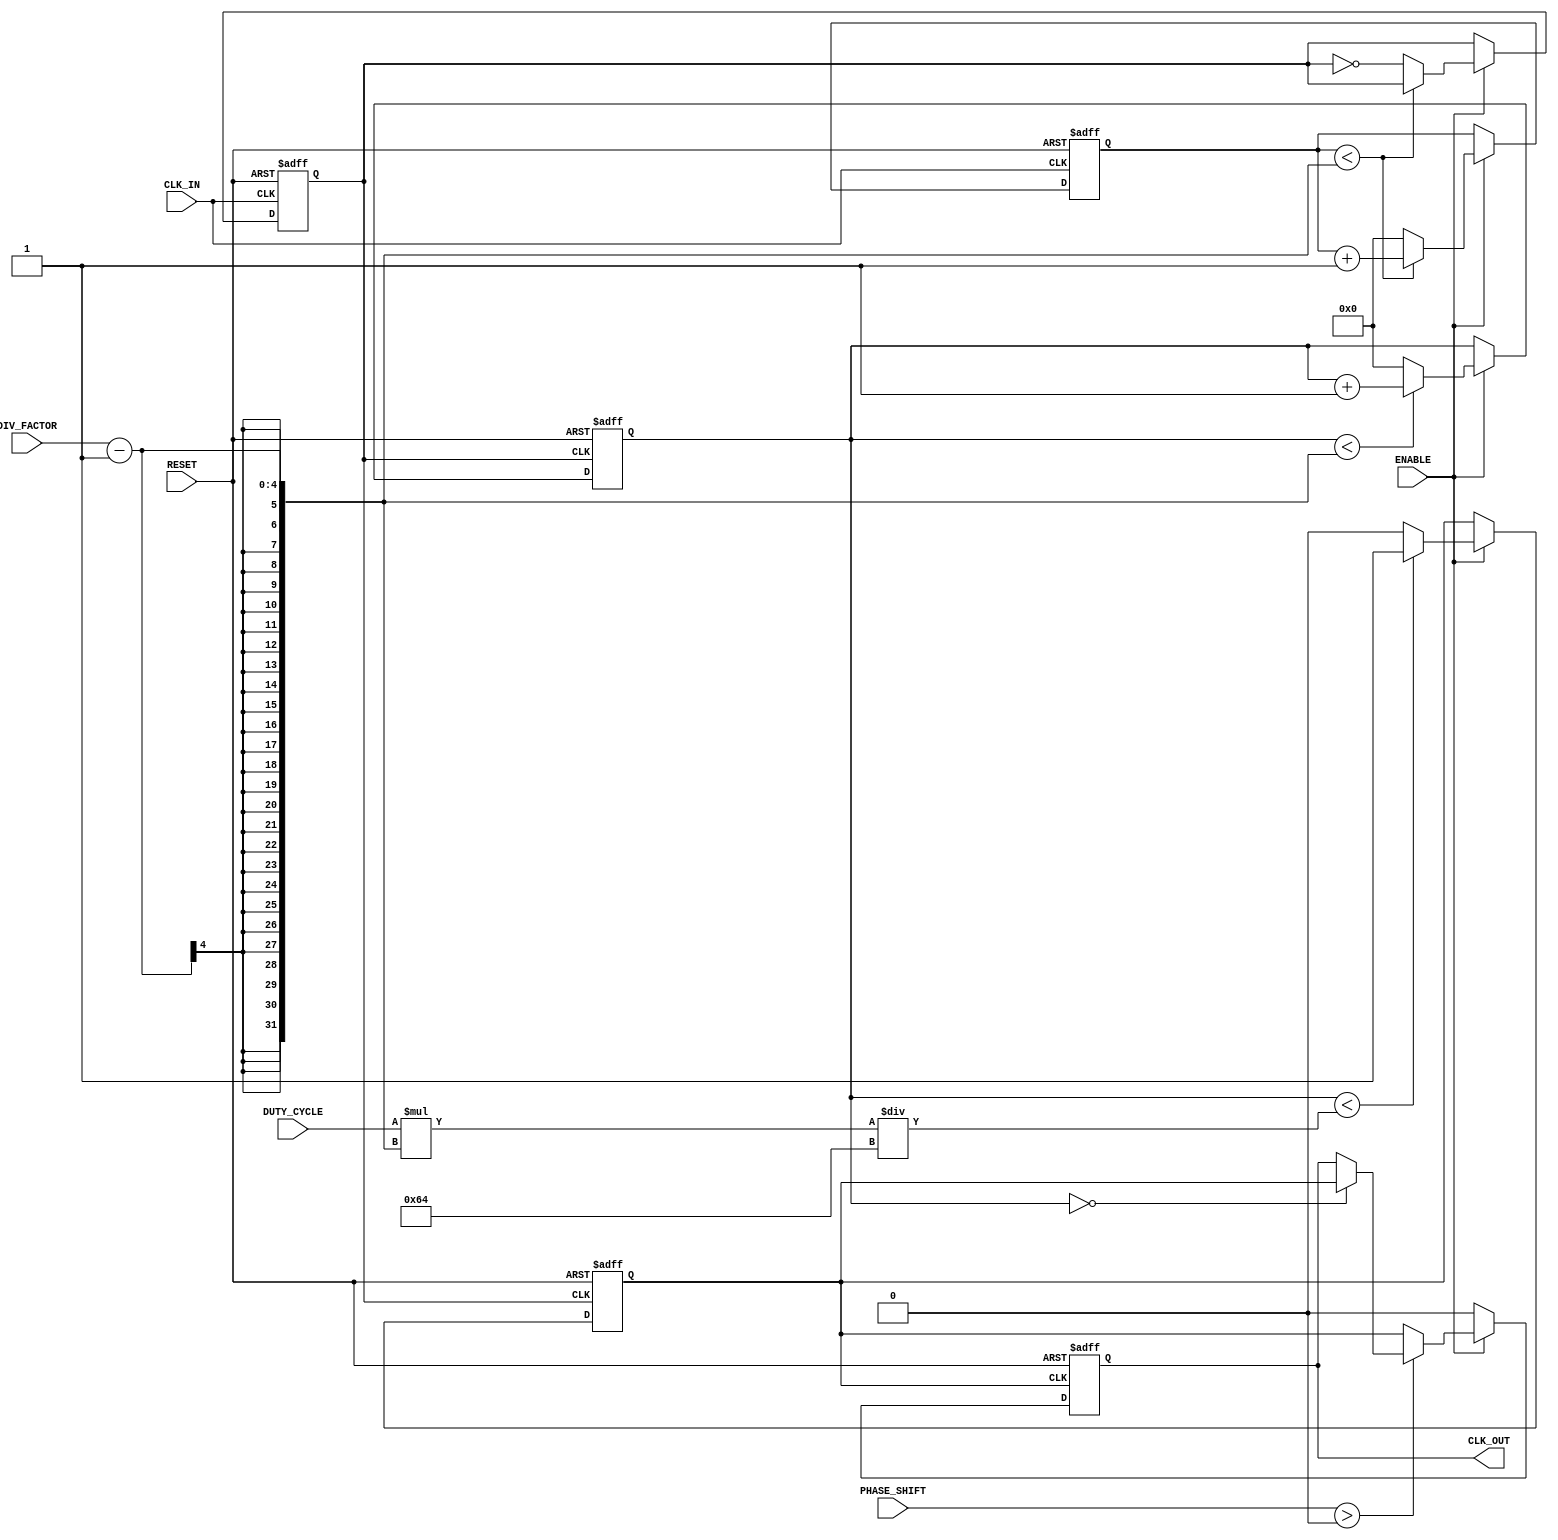
module ProgrammableClockBuffer (
    input wire CLK_IN,            // Primary clock input
    input wire RESET,             // Asynchronous reset
    input wire ENABLE,            // Enable signal
    input wire [3:0] DIV_FACTOR,  // Programmable clock division factor
    input wire [3:0] PHASE_SHIFT, // Programmable phase shift
    input wire [3:0] DUTY_CYCLE,  // Programmable duty cycle (in percentage)
    output reg CLK_OUT            // Output clock signal
);

    // Internal signals
    reg [3:0] counter;            // Counter for clock division
    reg [3:0] duty_counter;       // Counter for duty cycle modulation
    reg clk_div;                  // Divided clock signal
    reg clk_duty;                 // Duty cycle modulated clock signal

    // Clock divider logic
    always @(posedge CLK_IN or posedge RESET) begin
        if (RESET) begin
            counter <= 0;
            clk_div <= 0;
        end else if (ENABLE) begin
            if (counter < DIV_FACTOR - 1) begin
                counter <= counter + 1;
            end else begin
                counter <= 0;
                clk_div <= ~clk_div; // Toggle divided clock
            end
        end
    end

    // Duty cycle modulator logic
    always @(posedge clk_div or posedge RESET) begin
        if (RESET) begin
            duty_counter <= 0;
            clk_duty <= 0;
        end else if (ENABLE) begin
            if (duty_counter < (DUTY_CYCLE * (DIV_FACTOR - 1)) / 100) begin
                clk_duty <= 1; // High for duty cycle duration
            end else begin
                clk_duty <= 0; // Low for the remainder
            end
            
            if (duty_counter < DIV_FACTOR - 1) begin
                duty_counter <= duty_counter + 1;
            end else begin
                duty_counter <= 0; // Reset duty cycle counter
            end
        end
    end

    // Phase shifting logic
    always @(posedge clk_duty or posedge RESET) begin
        if (RESET) begin
            CLK_OUT <= 0;
        end else if (ENABLE) begin
            // Simple phase shift implementation
            if (PHASE_SHIFT > 0) begin
                // Introduce a delay based on PHASE_SHIFT
                if (duty_counter == 0) begin
                    CLK_OUT <= clk_duty; // Output the modulated clock
                end
            end else begin
                CLK_OUT <= clk_duty; // Direct output when no phase shift
            end
        end else begin
            CLK_OUT <= 0; // Disable the output when not enabled
        end
    end

endmodule